Scottish Leaving Certificate Examination, 1952
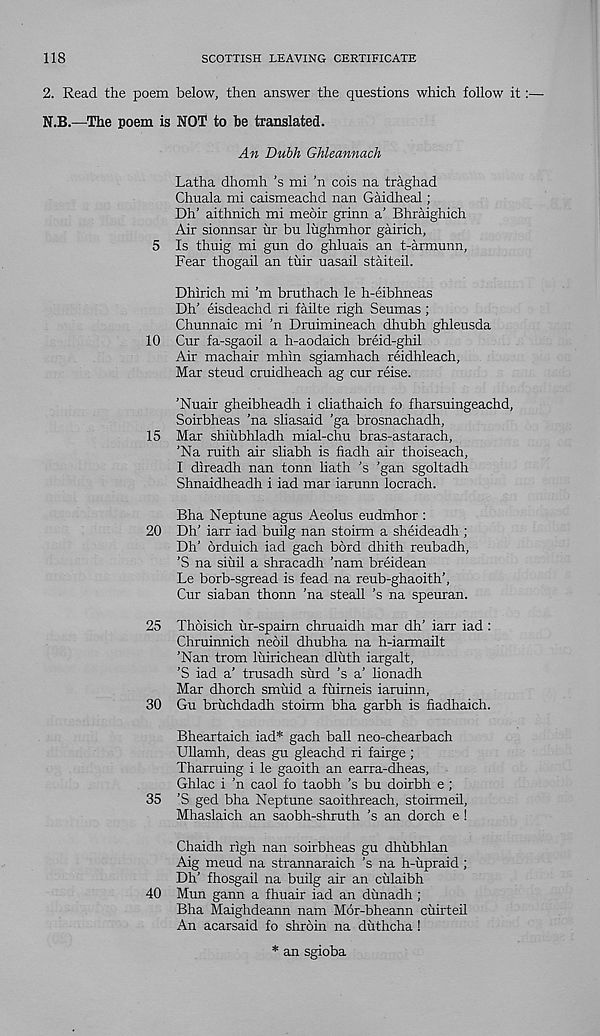
118
SCOTTISH LEAVING CERTIFICATE
2. Read the poem below, then answer the questions which follow it
N.B.—The poem is NOT to be translated.
An Dubh Ghleannach
Latha dhomh’s mi ’n cois na traghad
Chuala mi caismeachd nan Gaidheal;
Dh’ aithnich mi meoir grinn a’ Bhraighich
Air sionnsar ur bu lughmhor gairich,
5 Is thuig mi gun do ghluais an t-armunn,
Fear thogail an tixir uasail staiteil.
Dhirich mi’m bruthach le h-eibhneas
Dh’ eisdeachd ri failte righ Seumas;
Chunnaic mi 'n Druimineach dhubh ghleusda
10 Cur fa-sgaoil a h-aodaich breid-ghil
Air machair mhin sgiamhach reidhleach,
Mar steud cruidheach ag cur reise.
’Nuair gheibheadh i cliathaich fo fharsuingeachd,
Soirbheas ’na sliasaid 'ga brosnachadh,
15 Mar shiubhladh mial-chu bras-astarach,
’Na ruith air sliabh is fiadh air thoiseach,
I direadh nan tonn hath ’s ’gan sgoltadh
Shnaidheadh i iad mar iarunn locrach.
Bha Neptune agus Aeolus eudmhor :
20 Dh’ iarr iad builg nan stoirm a sheideadh ;
Dh’ orduich iad gach bord dhith reubadh,
’S na siuil a shracadh ’nam breidean
Le borb-sgread is fead na reub-ghaoith’,
Cur siaban thonn ’na steall ’s na speuran.
25 Thoisich ur-spaim chruaidh mar dh’ iarr iad :
Chruinnich neoil dhubha na h-iarmailt
’Nan trom luirichean dliith iargalt,
’S iad a’ trusadh surd ’s a’ lionadh
Mar dhorch smilid a fuirneis iaruinn,
30 Gu bruchdadh stoirm bha garbh is fiadhaich.
Bheartaich iad* gach ball neo-chearbach
Ullamh, deas gu gleachd ri fairge ;
Tharruing i le gaoith an earra-dheas,
Ghlac i ’n caol fo taobh’s bu doirbh e ;
35 ’S ged bha Neptune saoithreach, stoirmeil,
Mhaslaich an saobh-shruth ’s an dorch e !
Chaidh righ nan soirbheas gu dhubhlan
Aig meud na strannaraich 's na h-upraid;
Dh’ fhosgail na builg air an culaibh
40 Mun gann a fhuair iad an dimadh;
Bha Maighdeann nam Mor-bheann cuirteil
An acarsaid fo shroin na duthcha !
* an sgioba